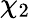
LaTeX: \chi_{2}